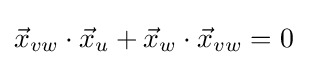
{\vec {x}}_{vw}\cdot {\vec {x}}_{u}+{\vec {x}}_{w}\cdot {\vec {x}}_{vw}=0\;